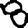
Digit: 8